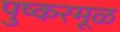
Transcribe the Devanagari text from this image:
पुष्करमूळ